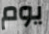
يوم